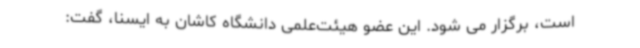
است، برگزار می شود. این عضو هیئت‌علمی دانشگاه کاشان به ایسنا، گفت: